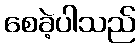
စေခဲ့ပါသည်